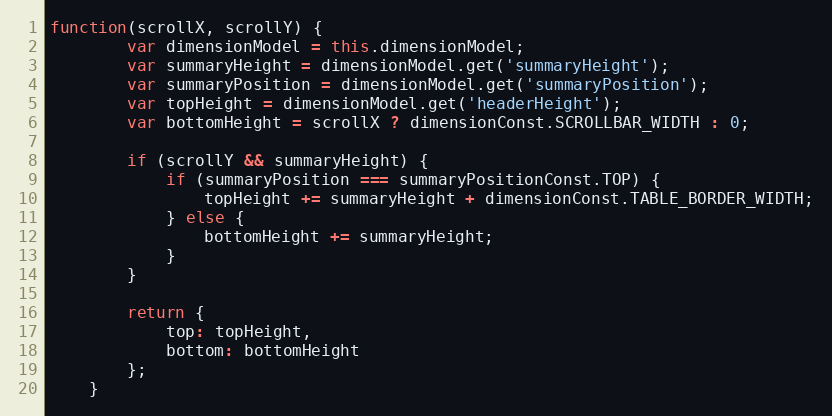
Language: JavaScript
function(scrollX, scrollY) {
        var dimensionModel = this.dimensionModel;
        var summaryHeight = dimensionModel.get('summaryHeight');
        var summaryPosition = dimensionModel.get('summaryPosition');
        var topHeight = dimensionModel.get('headerHeight');
        var bottomHeight = scrollX ? dimensionConst.SCROLLBAR_WIDTH : 0;

        if (scrollY && summaryHeight) {
            if (summaryPosition === summaryPositionConst.TOP) {
                topHeight += summaryHeight + dimensionConst.TABLE_BORDER_WIDTH;
            } else {
                bottomHeight += summaryHeight;
            }
        }

        return {
            top: topHeight,
            bottom: bottomHeight
        };
    }